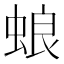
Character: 蜋